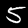
Label: 5